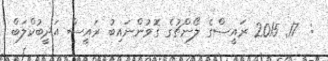
:  17